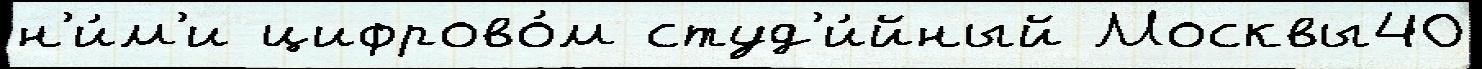
н'и́м'и цифрово́м студ'и́йный Москвы40